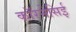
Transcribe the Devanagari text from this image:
कॉरनेसिई